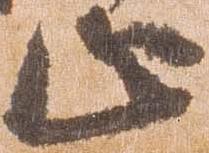
止